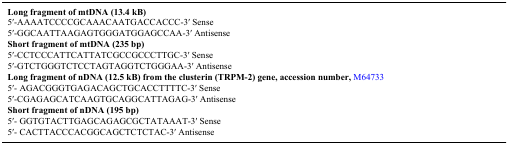
| Long fragment of mtDNA (13.4 kB) |
 | --- |
 | 5′-AAAATCCCCGCAAACAATGACCACCC-3′ Sense |
 | 5′-GGCAATTAAGAGTGGGATGGAGCCAA-3′ Antisense |
 | Short fragment of mtDNA (235 bp) |
 | 5′-CCTCCCATTCATTATCGCCGCCCTTGC-3′ Sense |
 | 5′-GTCTGGGTCTCCTAGTAGGTCTGGGAA-3′ Antisense |
 | Long fragment of nDNA (12.5 kB) from the clusterin (TRPM-2) gene, accession number,M64733 |
 | 5′- AGACGGGTGAGACAGCTGCACCTTTTC-3′ Sense |
 | 5′-CGAGAGCATCAAGTGCAGGCATTAGAG-3′ Antisense |
 | Short fragment of nDNA (195 bp) |
 | 5′- GGTGTACTTGAGCAGAGCGCTATAAAT-3′ Sense |
 | 5′- CACTTACCCACGGCAGCTCTCTAC-3′ Antisense |